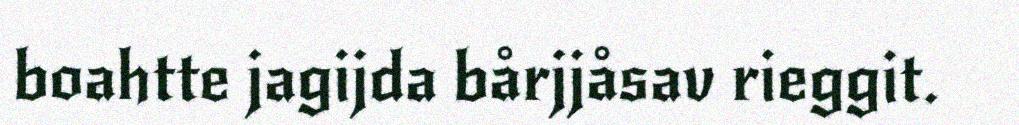
boahtte jagijda bårjjåsav rieggit.